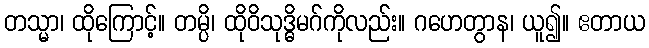
တသ္မာ၊ ထိုကြောင့်။ တမ္ပိ၊ ထိုဝိသုဒ္ဓိမဂ်ကိုလည်း။ ဂဟေတွာန၊ ယူ၍။ ဧတာယ